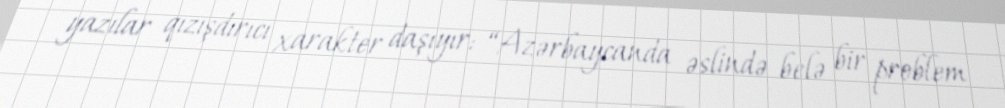
yazılar qızışdırıcı xarakter daşıyır: “Azərbaycanda əslində belə bir problem